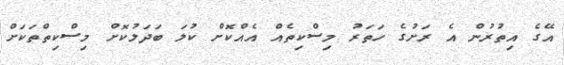
އޭގެ އިތުރުން އެ ރަށުގެ ހަތަރު މިސްކިތެއް އެއްކޮށް ކުލަ ބަދަލުކޮށް މިސްކިތްތަކަށް